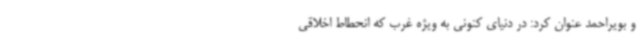
و بویراحمد عنوان کرد: در دنیای کنونی به ویژه غرب که انحطاط اخلاقی